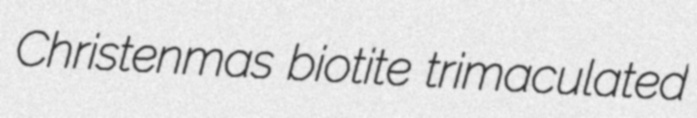
Christenmas biotite trimaculated